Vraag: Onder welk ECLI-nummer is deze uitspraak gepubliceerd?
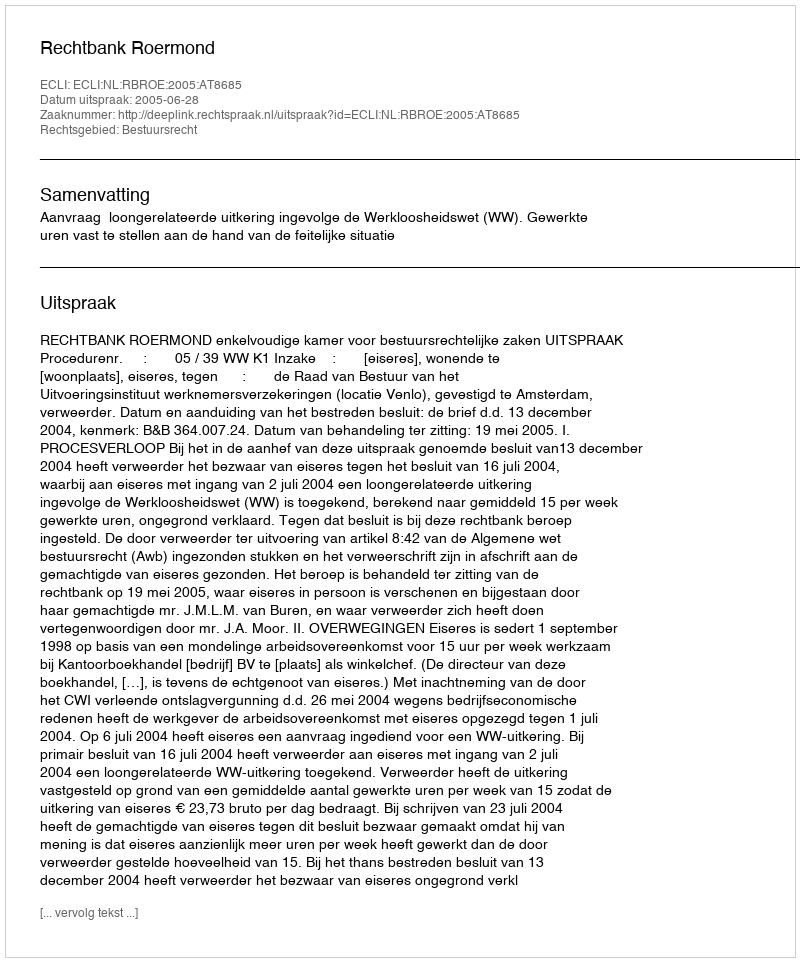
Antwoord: ECLI:NL:RBROE:2005:AT8685